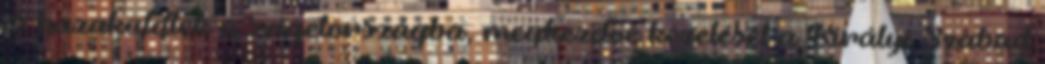
is hazaküldtek a szigetországba, megkezdve kezelését a Királyi Szabad